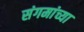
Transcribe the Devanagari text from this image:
संगमांच्या